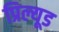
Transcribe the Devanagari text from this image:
प्रिल्यूड